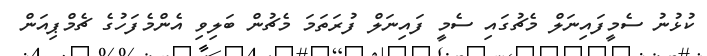
ކުޅުނު ސެމީފައިނަލް މެޗުގައި ސެމީ ފައިނަލް ފުރަތަމަ މެޗުން ބަލިވި އެންމެފަހުގެ ޗެމްޕިއަން